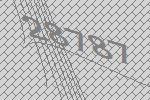
28787